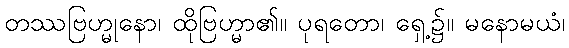
တဿဗြဟ္မုနော၊ ထိုဗြဟ္မာ၏။ ပုရတော၊ ရှေ့၌။ မနောမယံ၊